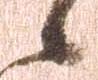
候